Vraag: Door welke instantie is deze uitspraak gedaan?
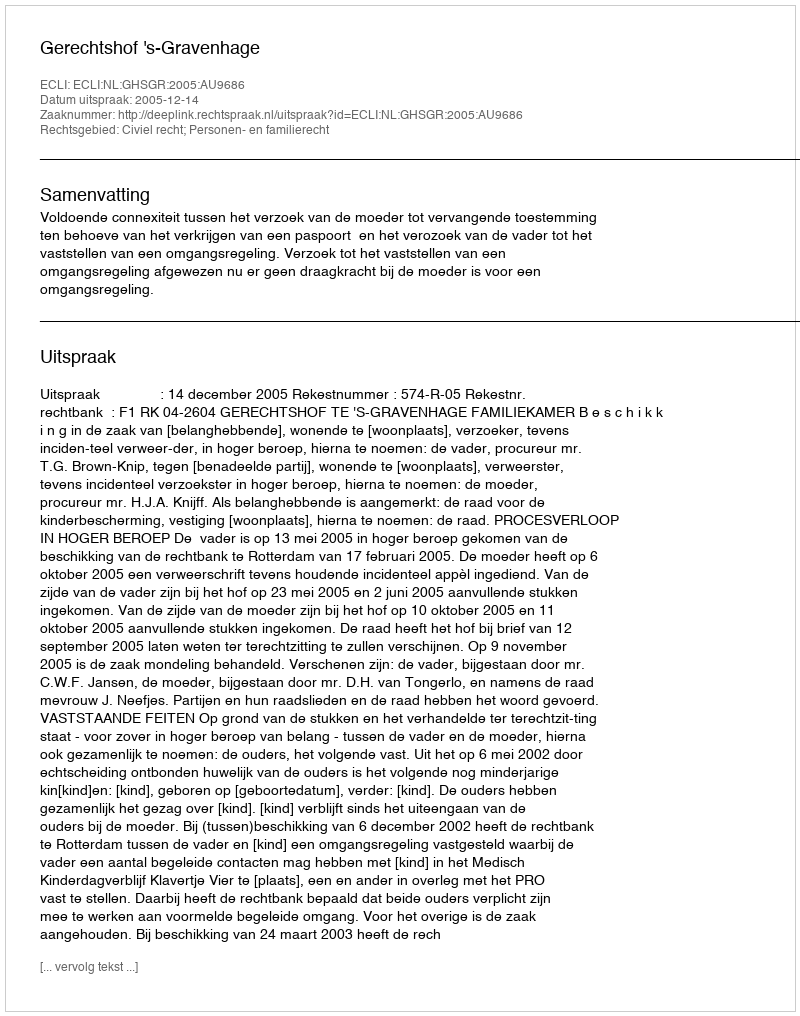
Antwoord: Gerechtshof 's-Gravenhage